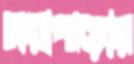
নয়াপাড়ায়